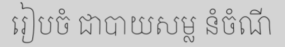
រៀបចំ ជាបាយសម្ល នំចំណី